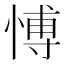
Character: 愽